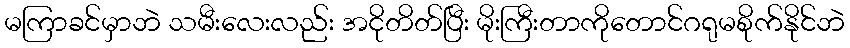
မကြာခင်မှာဘဲ သမီးလေးလည်း အငိုတိတ်ပြီး မိုးကြီးတာကိုတောင်ဂရုမစိုက်နိုင်ဘဲ